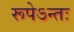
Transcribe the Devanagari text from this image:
रूपेऽन्तः